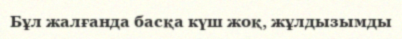
Бұл жалғанда басқа күш жоқ, жұлдызымды